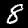
Digit: 8